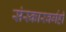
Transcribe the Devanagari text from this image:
संस्कारवर्गही